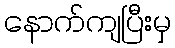
နောက်ကျပြီးမှ